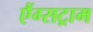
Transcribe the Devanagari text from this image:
एैंग्सट्राम